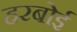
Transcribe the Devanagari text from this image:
हरबोई